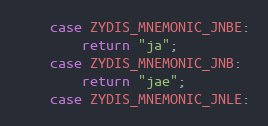
Language: C++
    case ZYDIS_MNEMONIC_JNBE:
        return "ja";
    case ZYDIS_MNEMONIC_JNB:
        return "jae";
    case ZYDIS_MNEMONIC_JNLE: